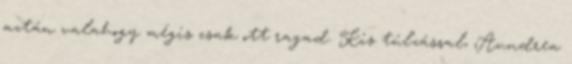
aztán valahogy mégis csak ott ragad. Kis túlzással, Aundrea